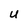
Character: U